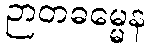
ဉာတဓမ္မေန